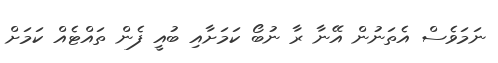
ނަމަވެސް އެތަނުން އޭނާ ރާ ނުބޯ ކަމަށާއި ބުއީ ފެން ތައްޓެއް ކަމަށް